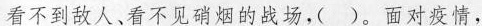
看不到敌人、看不见硝烟的战场，()。面对疫情，